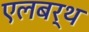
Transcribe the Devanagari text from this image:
एलबर्थ